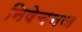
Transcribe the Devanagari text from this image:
निषेचनज